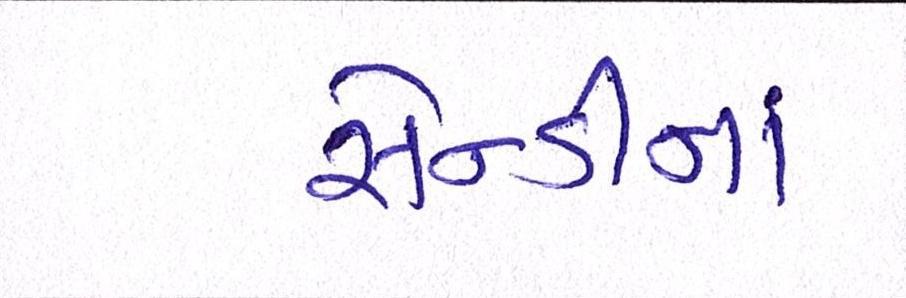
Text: સેન્ડીનાં